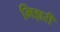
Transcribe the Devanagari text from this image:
मिझरी